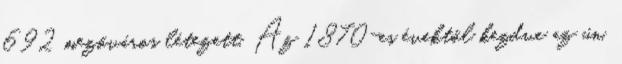
692 mezőváros létezett. Az 1870-es évektől kezdve az ún.